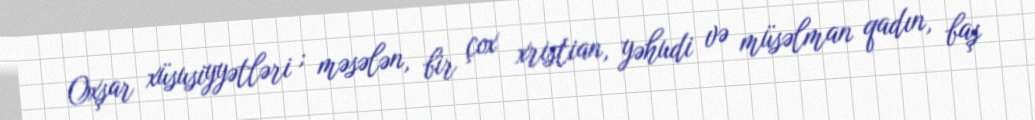
Oxşar xüsusiyyətləri ; məsələn, bir çox xristian, yəhudi və müsəlman qadın, baş